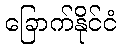
ခြောက်နိုင်ငံ